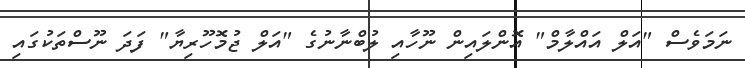
ނަމަވެސް "އަލް އައްލާމް" އޮންލައިން ނޫހާއި ލުބްނާނުގެ "އަލް ޖުމޮހޫރިޔާ" ފަދަ ނޫސްތަކުގައި